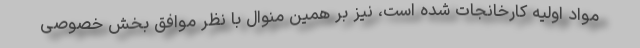
مواد اولیه کارخانجات شده است، نیز بر همین منوال با نظر موافق بخش خصوصی